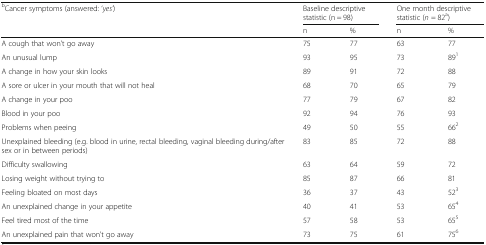
| <ROWSPAN=2> bCancer symptoms (answered: ‘yes’) | <COLSPAN=2> Baseline descriptive statistic (n = 98) | <COLSPAN=2> One month descriptive statistic (n = 82a) |
 | n | % | n | % |
 | --- | --- | --- | --- | --- |
 | A cough that won’t go away | 75 | 77 | 63 | 77 |
 | An unusual lump | 93 | 95 | 73 | 891 |
 | A change in how your skin looks | 89 | 91 | 72 | 88 |
 | A sore or ulcer in your mouth that will not heal | 68 | 70 | 65 | 79 |
 | A change in your poo | 77 | 79 | 67 | 82 |
 | Blood in your poo | 92 | 94 | 76 | 93 |
 | Problems when peeing | 49 | 50 | 55 | 662 |
 | Unexplained bleeding (e.g. blood in urine, rectal bleeding, vaginal bleeding during/after sex or in between periods) | 83 | 85 | 72 | 88 |
 | Difficulty swallowing | 63 | 64 | 59 | 72 |
 | Losing weight without trying to | 85 | 87 | 66 | 81 |
 | Feeling bloated on most days | 36 | 37 | 43 | 523 |
 | An unexplained change in your appetite | 40 | 41 | 53 | 654 |
 | Feel tired most of the time | 57 | 58 | 53 | 655 |
 | An unexplained pain that won’t go away | 73 | 75 | 61 | 756 |